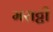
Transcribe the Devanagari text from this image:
मराट्टी